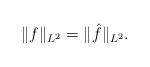
LaTeX: \begin{align*} \| f \|_{L^2} = \| \hat f \|_{L^2}.\end{align*}